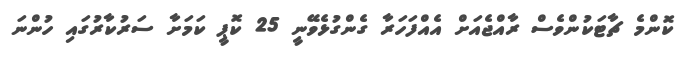
ކޮންމެ ޗާޓަކުންވެސް ރާއްޖެއަށް އެއްފަހަރާ ގެންގުޅެވޭނީ 25 ކޮޕީ ކަމަށާ ސަރުކާރުގައި ހުންނަ